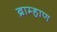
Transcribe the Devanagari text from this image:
ब्राम्हाण